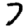
Digit: 7